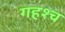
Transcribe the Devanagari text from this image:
गहश्च